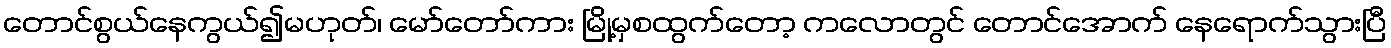
တောင်စွယ်နေကွယ်၍မဟုတ်၊ မော်တော်ကား မြို့မှစထွက်တော့ ကလောတွင် တောင်အောက် နေရောက်သွားပြီ